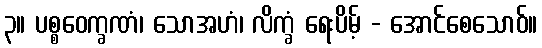
၃။ ပစ္စဝေက္ခဏံ၊ သောအဟံ၊ လိက္ခံ ရေးပိမ့် - အောင်စေသောဝ်။